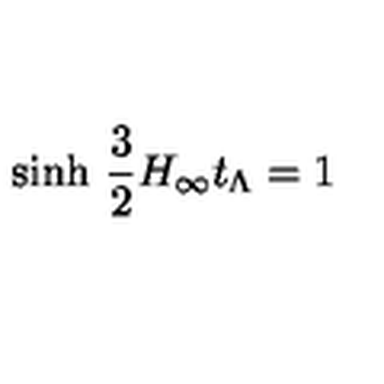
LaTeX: \mathrm { s i n h } \ \frac { 3 } { 2 } H _ { \infty } t _ { \Lambda } = 1